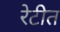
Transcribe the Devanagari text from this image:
रेटीत